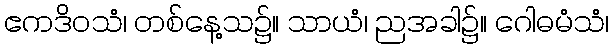
ဧကဒိဝသံ၊ တစ်နေ့သ၌။ သာယံ၊ ညအခါ၌။ ဂေါဓမံသံ၊